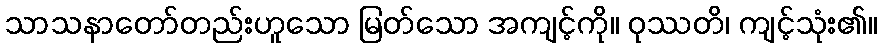
သာသနာတော်တည်းဟူသော မြတ်သော အကျင့်ကို။ ဝုဿတိ၊ ကျင့်သုံး၏။